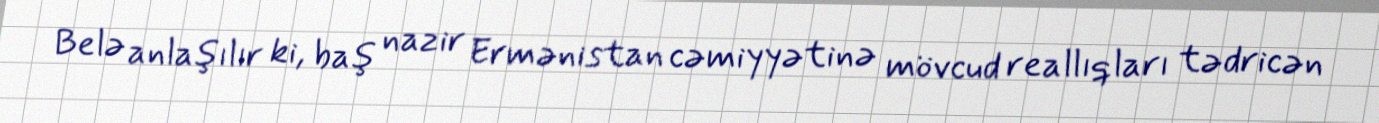
Belə anlaşılır ki, baş nazir Ermənistan cəmiyyətinə mövcud reallıqları tədricən